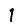
Digit: 1